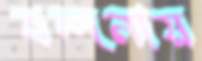
বন্দনায়